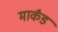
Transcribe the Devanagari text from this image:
मार्कंड